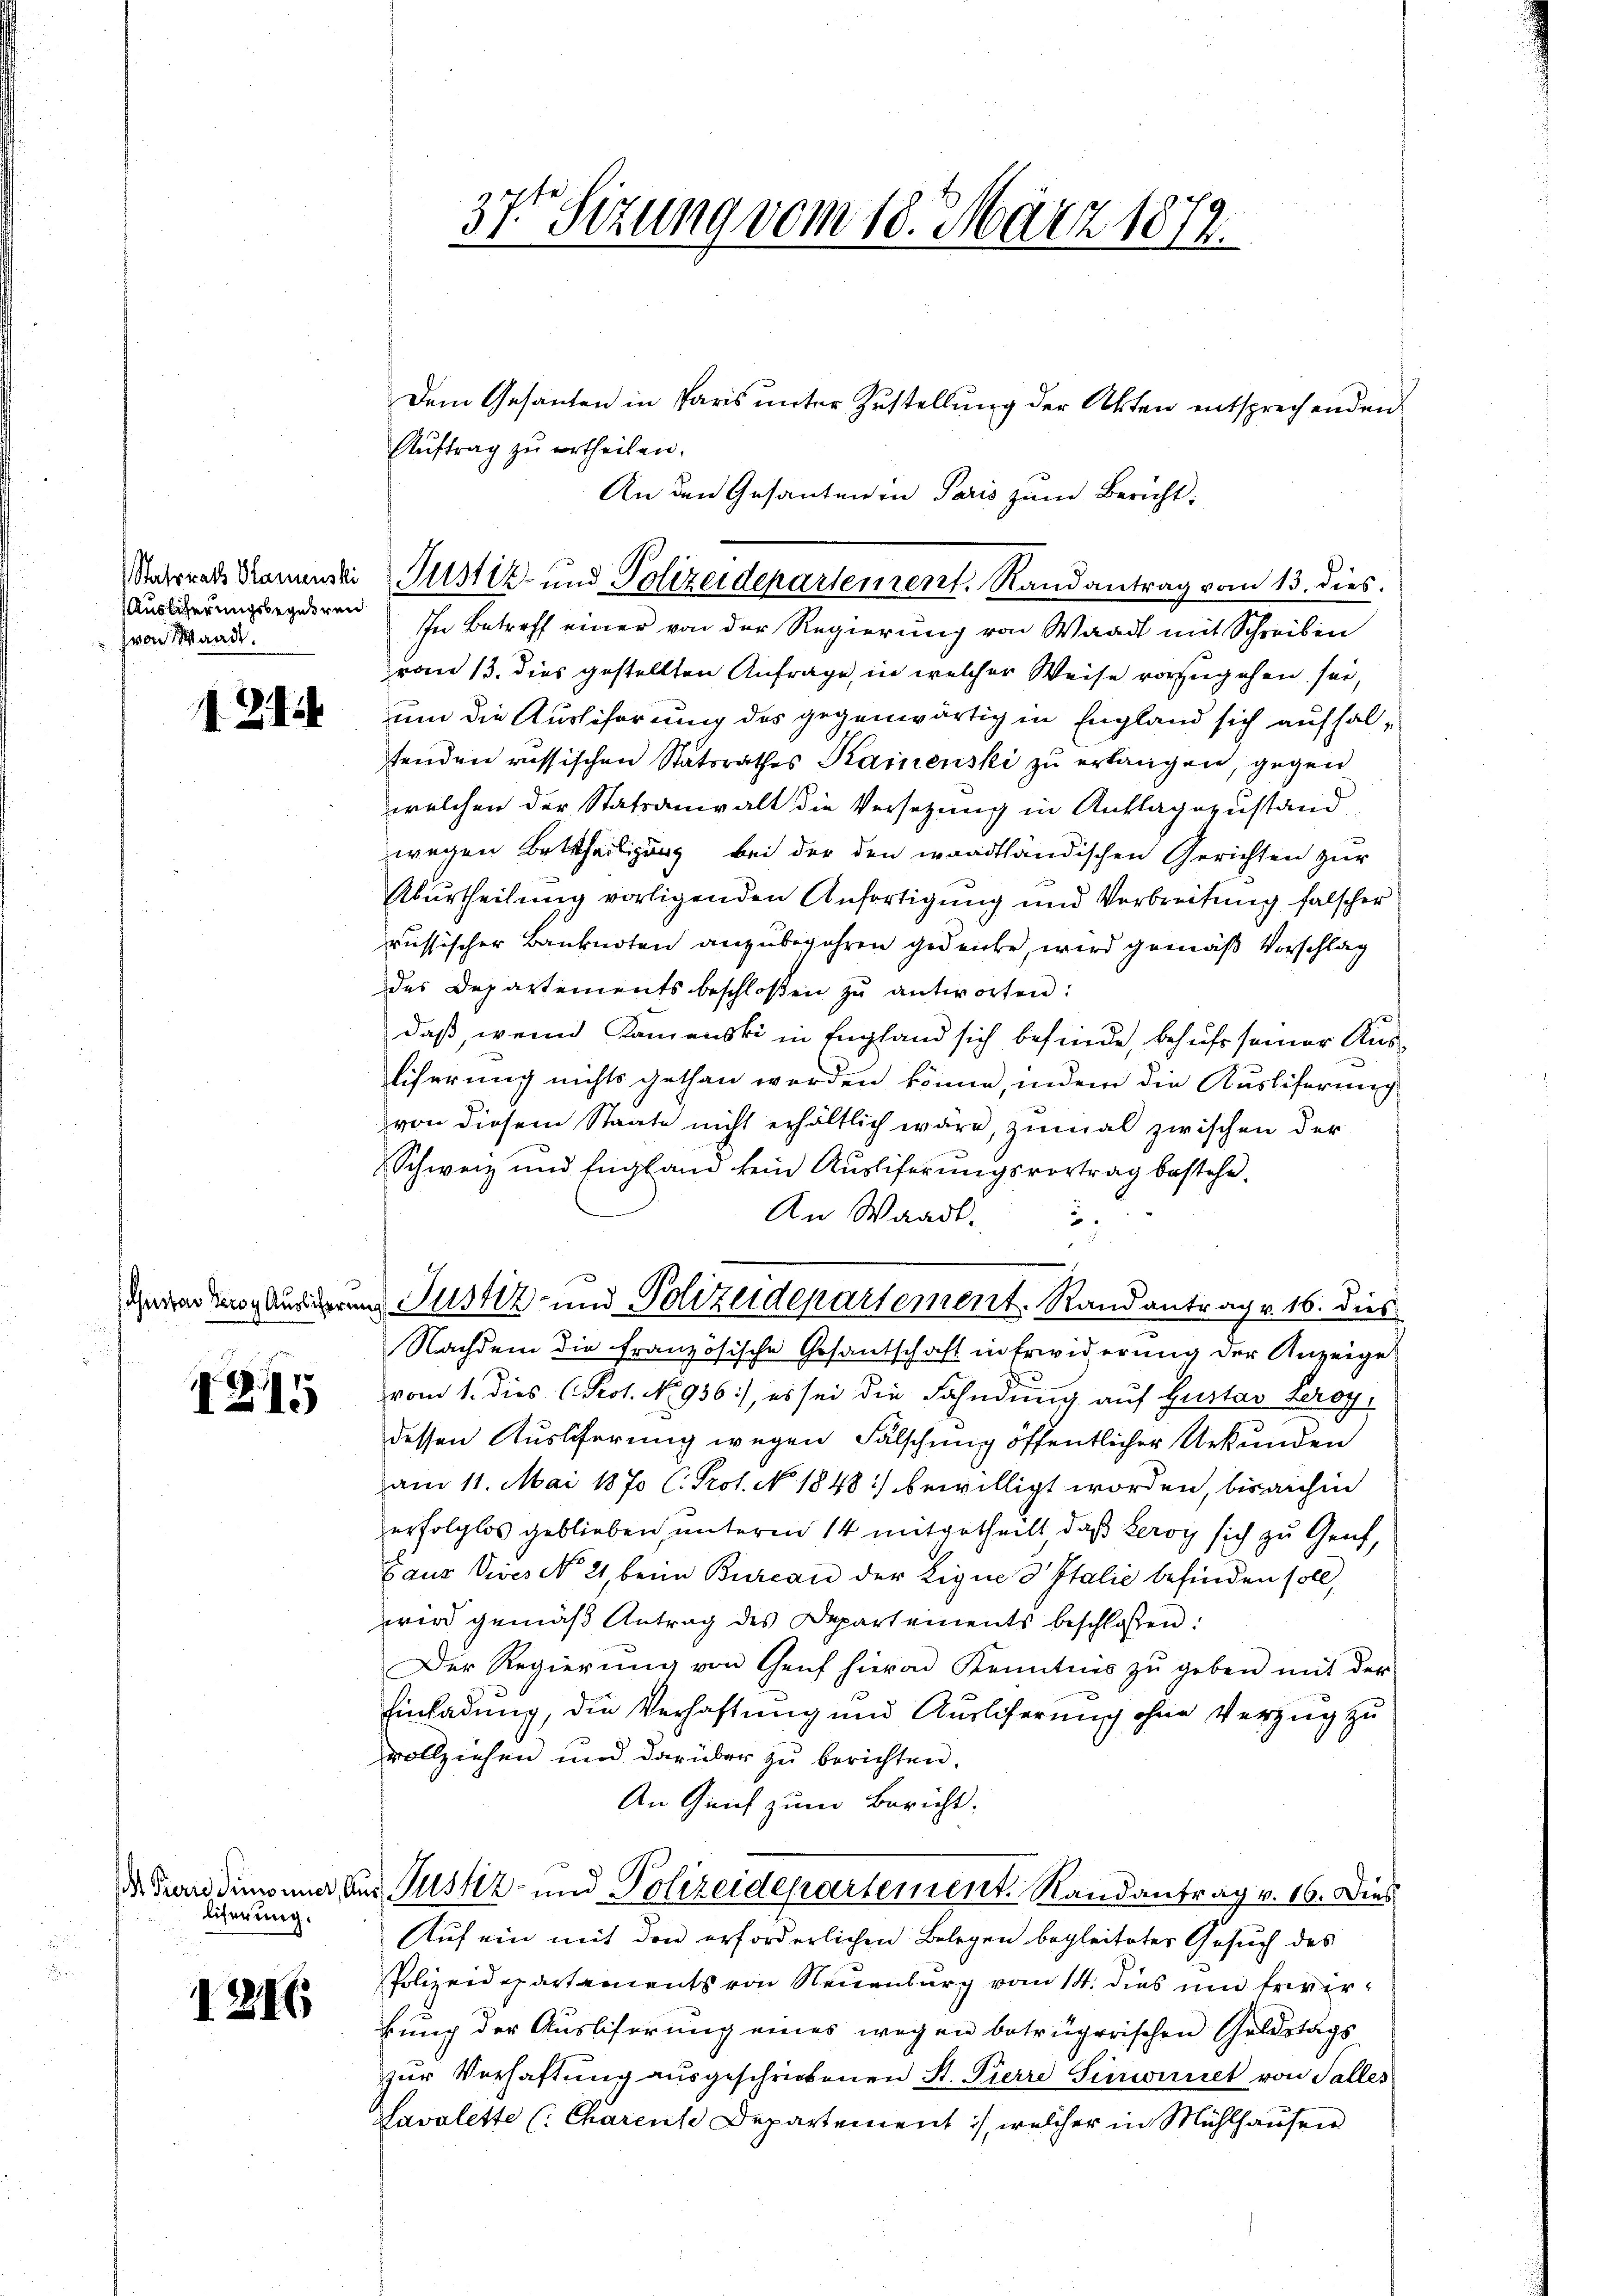
Auslicherungsbegehren
hro Waadt.

121.

1245

Eiferung.

1216

37. Sizung vom 10. März 1872.

Dem Gesanten in Paris unter Zustellung der Akten entsprechenden
Auftrag zu ertheilen.
An den Gesanten in Paris zum Bericht:
In Betreff einer von der Regierung von Waadt mit Schreiben
von 13. dies gestellten Anfrage, in welcher Weise vorzugehen sei,
um die Ausliferung des gegenwärtig in England sich aufhaltenden russischen Statsrathes Kainenski zu erlangen, gegen
welchen der Statsanwalt die Versetzung in Anklagezustand
wegen Bettheiligung bei der den waadtländischen Gerichten zur
Aburtheilung vorligenden Anfortigung und Verbreitung falscher
russischer Banknoten anzubegehren gedenke, wird gemäß Vorschlag
des Departements beschlossen zŭ antworten:
daß, wenn Kamenski in England sich befinde, behufs seiner Ausliferung nichts gethan werden könne, indem die Ausliferung
von diesem Staate nicht erhältlich wäre, zumal zwischen der
Schweiz und England kein Ausliferungsvortrag bestehe.
An Waadt.
5.

Gewere Äusserung Justiz und Polizeidepartement. Randantrag v. 16. dies
Nachdem die französische Gesantschaft in Erwiderung der Anzeige
vom 1. dies (Rot. No. 936), es sei die Fahndung auf Gustav Lerey,
dessen Auslieferung wegen Fälschung öffentlicher Urkunden
am 11. Mai 1870 C. Prot. No. 1848) bewilligt worden, bis anhin
erfolglos geblieben, unterm 14 mitgetheilt, daß Leroy sich zu Genf,
Gaus Vives No 2, beim Bureau der Eigne d Italić befinden soll,
wird gemäß Antrag des Departements beschlossen:
Der Regierŭng von Genf hievon Kenntnis zŭ geben mit der
Einladung, die Verhaftung und Auslieferung ohne Verzug zu
vollziehen und darüber zu berichten.
An Genf zum Bericht.
Dr. Brandimonier aus Justiz- und Polizeidepartement. Randantrag v. 16. Dies
Auf ein mit den erforderlichen Belegen begleiteter Gesuch des
Polizeidepartaments von Neuenburg vom 14. dies und Erwirkung der Ausliserung eines wegen betrügerischen Geldstags
zur Verhaftung ausgeschrickenen St. Pierre Sinwiriret von Falles
Lavalette (Charens Departement, welcher in Mühlhausen

Staborats Namenti Justiz- und Polizeidepartement. Randantrag vom 13. dies